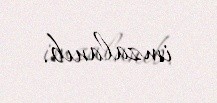
imzalanıb.